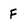
Character: f